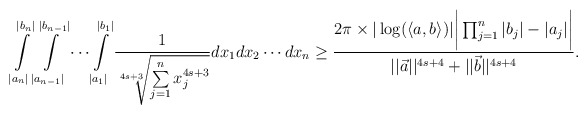
\begin{align*}\int \limits_{|a_n|}^{|b_n|} \int \limits_{|a_{n-1}|}^{|b_{n-1}|}\cdots \int \limits_{|a_1|}^{|b_1|}\frac{1}{\sqrt[4s+3]{\sum \limits_{j=1}^{n}x^{4s+3}_j}}dx_1dx_2\cdots dx_n \geq \frac{2\pi \times |\log (\langle a,b \rangle)|\bigg|\prod_{j=1}^{n}|b_j|-|a_j|\bigg|}{||\vec{a}||^{4s+4}+||\vec{b}||^{4s+4}}.\end{align*}